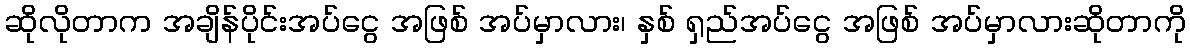
ဆိုလိုတာက အချိန်ပိုင်းအပ်ငွေ အဖြစ် အပ်မှာလား၊ နှစ် ရှည်အပ်ငွေ အဖြစ် အပ်မှာလားဆိုတာကို